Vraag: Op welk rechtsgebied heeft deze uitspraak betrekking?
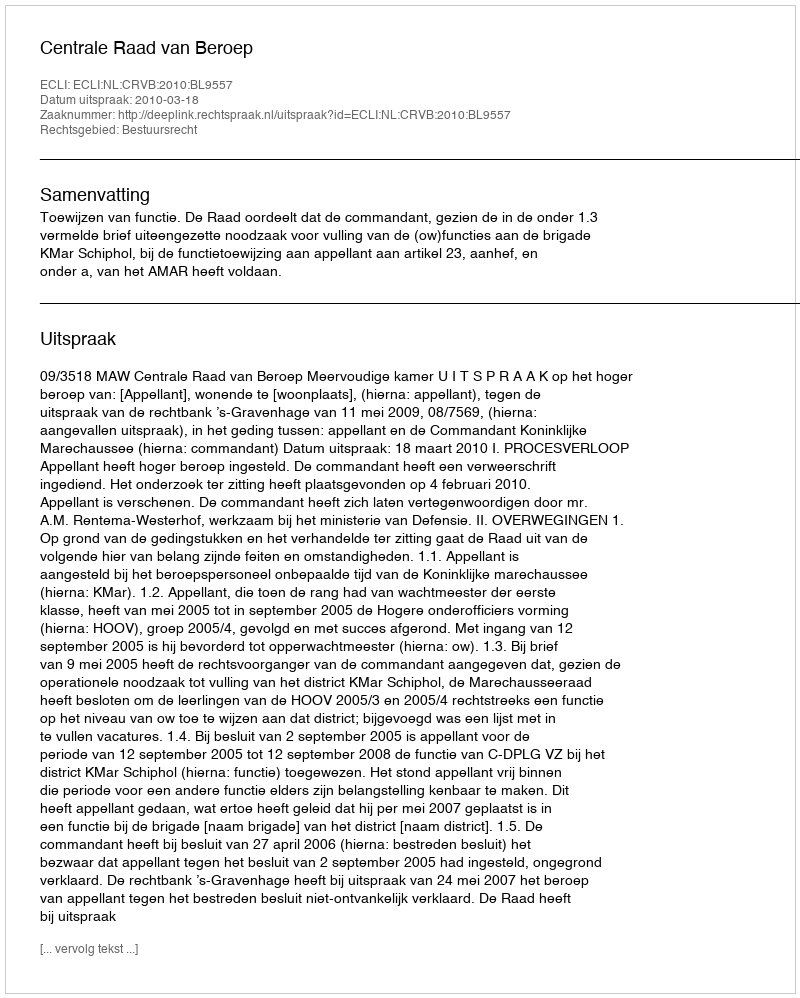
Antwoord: Bestuursrecht